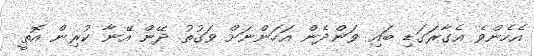
އެހެންވެ އެގާރަގަޑި ބައި ވަންދެން އަހަންނަށް ވަގުތު ދޭން އޭނާ ކުރިން އޮތީ